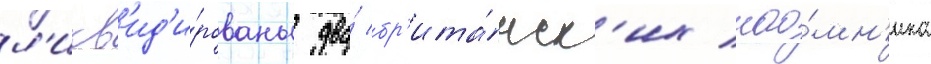
л'икв'ид'и́рованы два́ бр'ита́нск'их нао́мн'ика